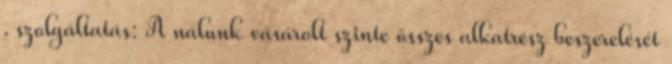
. szolgáltatás: A nálunk vásárolt szinte összes alkatrész beszerelését